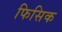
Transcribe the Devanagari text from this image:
फिसिक